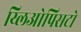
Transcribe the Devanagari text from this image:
य्लिओपिसटो